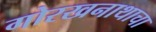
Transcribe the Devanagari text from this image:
गोरखनाथाचा